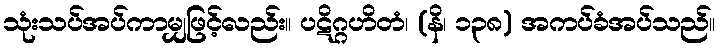
သုံးသပ်အပ်ကာမျှဖြင့်လည်း။ ပဋိဂ္ဂဟိတံ၊ (နိ၊ ၁၃၈) အကပ်ခံအပ်သည်။